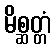
မိစ္ဆတ္တံ